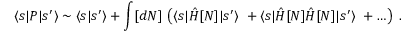
\langle s | P | s ^ { \prime } \rangle \sim \langle s | s ^ { \prime } \rangle + \int [ d N ] \, \left( \langle s | \hat { H } [ N ] | s ^ { \prime } \rangle \ + \langle s | \hat { H } [ N ] \hat { H } [ N ] | s ^ { \prime } \rangle \ + \ldots \right) \; .